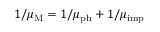
1 / \mu _ { \mathrm { M } } = 1 / \mu _ { \mathrm { p h } } + 1 / \mu _ { \mathrm { i m p } }